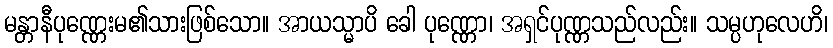
မန္တာနီပုဏ္ဏေးမ၏သားဖြစ်သော။ အာယသ္မာပိ ခေါ ပုဏ္ဏော၊ အရှင်ပုဏ္ဏသည်လည်း။ သမ္ပဟုလေဟိ၊